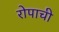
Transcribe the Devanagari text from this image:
रोपाची